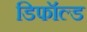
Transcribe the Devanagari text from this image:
डिफॉल्ड